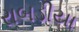
રાબડીયા